Medical and sanitary report of the native army of Bengal for the year
Year: 1875
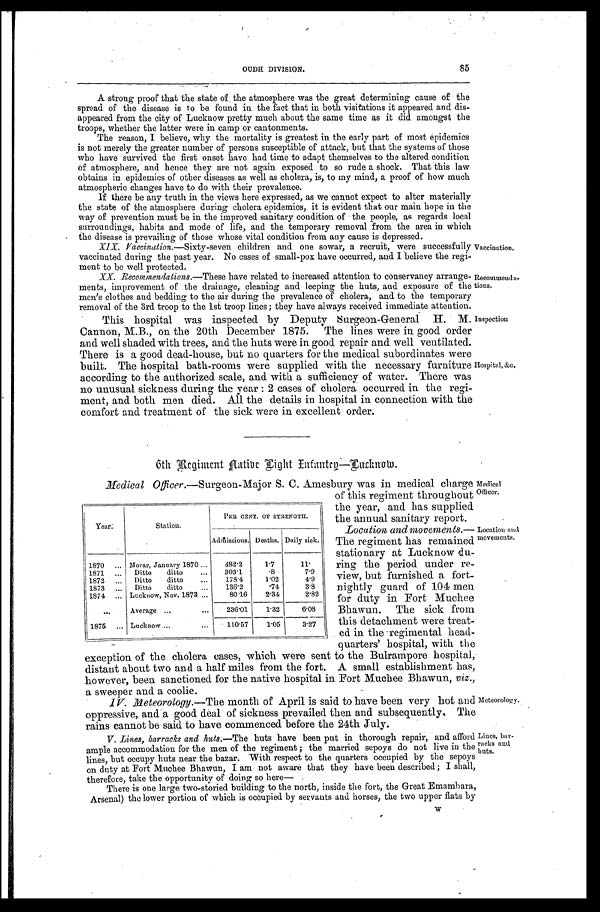
85
OUDH DIVISION.
A strong proof that the state of the atmosphere was the great determining cause of the
spread of the disease is to be found in the fact that in both visitations it appeared and dis
- a p p e a r e d f r o m t h e c i t y o f L u c k n o w p r e t t y m u c h a b o u t t h e s a m e t i m e a s i t d i d a m o n g s t t h e
troops, whether the latter were in camp or cantonments.
The reason, I believe, why the mortality is greatest in the early part of most èpidemics
is not merely the greater number of persons susceptible of attack, but that the systems of those
who have survived the first onset have had time to adapt themselves to the altered condition
of atmosphere, and hence they are not again exposed to so rude a shock. That this law
obtains in epidemics of other diseases as well as cholera, is, to my mind, a proof of how much
atmospheric changes have to do with their prevalence.
If there be any truth in the views here expressed, as we cannot expect to alter materially
the state of the atmosphere during cholera epidemics, it is evident that our main hope in the
way of prevention must be in the improved sanitary condition of the people, as regards local
surroundings, habits and. mode of life, and the temporary removal from the area in which
the disease is prevailing of those whose vital condition from any cause is depressed.
XIX. Vaccination .—Sixty-seven children and one sowar, a recruit, were successfully
vaccinated during the past year. No cases of small-pox have occurred, and I believe the regi
- m e n t t o b e w e l l p r o t e c t e d .
Vaccination.
XX. Recommendations .—These have related to increased attention to conservancy arrange
-ments, improvement of the drainage, cleaning and leeping the huts, and exposure of the
men's clothes and bedding to the air during the prevalence of cholera, and to the temporary
removal of the 3rd troop to the 1st troop lines; they have always received immediate attention.
This hospital was inspected by Deputy surgeon-General H. M.
Cannon, M.B., On the 20th December 1875. The lines were in good order
and well shaded with trees, and the huts were in good repair and well ventilated.
There is a good dead-house, but no quarters for the medical subordinates were
built. The hospital bath-rooms were supplied with the necessary furniture
according to the authorized scale, and with a sufficiency of water. There was
no unusual sickness during the year : 2 cases of cholera occurred in the regi
-ment, and both men died. All the details in hospital in connection with the
comfort and treatment of the sick were in excellent order.
Recommenda
-tions.
Inspection.
Hospital, &c.
6th Regiment Aatibe Light Infantry—Lucknow.
Medical Officer .—Surgeon-Major S. C. Amesbury was in medical charge
of this regiment throughout
the year, and has supplied
the annual sanitary report.
Location and movements.
— T h e r e g i m e n t h a s r e m a i n e d
stationary at Lucknow du
-ring the period under re
-view, but furnished a fort
- n i g h t l y g u a r d o f 1 0 4 m e n
for duty in Fort Muchee
Bhawun. The sick from
this detachment were treat
-ed in the regimental head
- q u a r t e r s ' h o s p i t a l , w i t h t h e
exception of the cholera cases, which were sent to the Bulrampore hospital,
distant about two and a half miles from the fort. A small establishment has,
however, been sanctioned for the native hospital in Fort Muchee Bhawun, viz .,
a sweeper and a coolie.
IV. Meteorology .—The month of April is said to have been very hot and
oppressive, and a good deal of sickness prevailed then and subsequently. The
rains cannot be said to have commenced before the 24th July.
Year.
Station.
PER CENT . OF STRENGTH.
Admissions. Deaths. Daily sick.
1870 . . .
Morar, January 1870 . . .
482.2
1.7
1 1 .
1871 . . .
Ditto ditto . . .
303.1
. 8
7.9
1872 . . .
Ditto ditto . . .
178.4
1.02
4.9
1873 . . .
Ditto ditto . . .
136.2
. 7 4
3.8
1874 . . .
Lucknow, Nov. 1873 . . .
80.16
2.34
2.82
. . .
Average . . .
236.01
1.32
6.08
1875 . . .
Lucknow . . .
110.57
1.05
3.27
Medical
Officer.
Location and
movements.
Meteorology.
V. Lines, barracks and huts .—The huts have been put in thorough repair, and afford
ample accommodation for the men of the regiment; the married sepoys do not live in the
lines, but occupy huts near the bazar. With respect to the quarters occupied by the sepoys
on duty at Fort Muchee Bhawun, I am not aware that they have been described; I shall,
therefore, take the opportunity of doing so here—
There is one large two-storied building to the north, inside the fort, the Great Emambara,
Arsenal) the lower portion of which is occupied by servants and horses, the two upper flats by
Lines, bar-
racks and
huts.